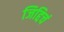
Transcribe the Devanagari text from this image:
जिद्दिचं